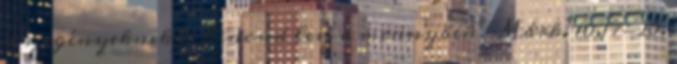
a szegényeknek és kincsed lesz a mennyben" Márk. 10,17-20.